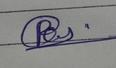
Signature authenticity: forged